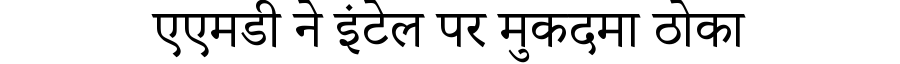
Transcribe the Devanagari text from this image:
एएमडी ने इंटेल पर मुकदमा ठोका